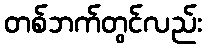
တစ်ဘက်တွင်လည်း